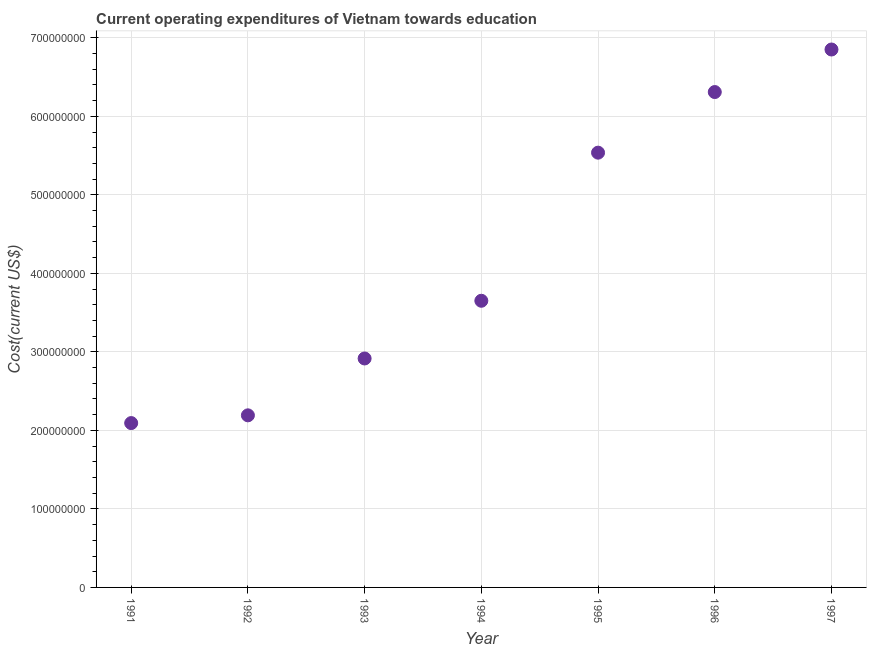
| Year | Education expenditure |
 | --- | --- |
 | 1991 | 2.09e+08 |
 | 1992 | 2.19e+08 |
 | 1993 | 2.92e+08 |
 | 1994 | 3.65e+08 |
 | 1995 | 5.54e+08 |
 | 1996 | 6.31e+08 |
 | 1997 | 6.85e+08 |